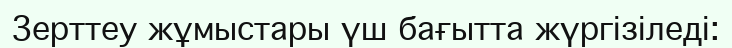
Зерттеу жұмыстары үш бағытта жүргізіледі: